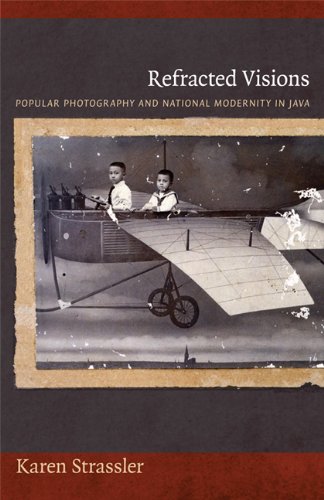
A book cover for Refracted Visions: Popular Photography and National Modernity in Java (Objects/Histories); Karen Strassler; Arts & Photography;